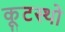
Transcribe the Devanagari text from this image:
कूटस्थो